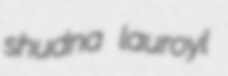
shudna lauroyl